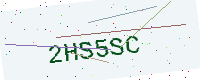
Text: 2HS5SC